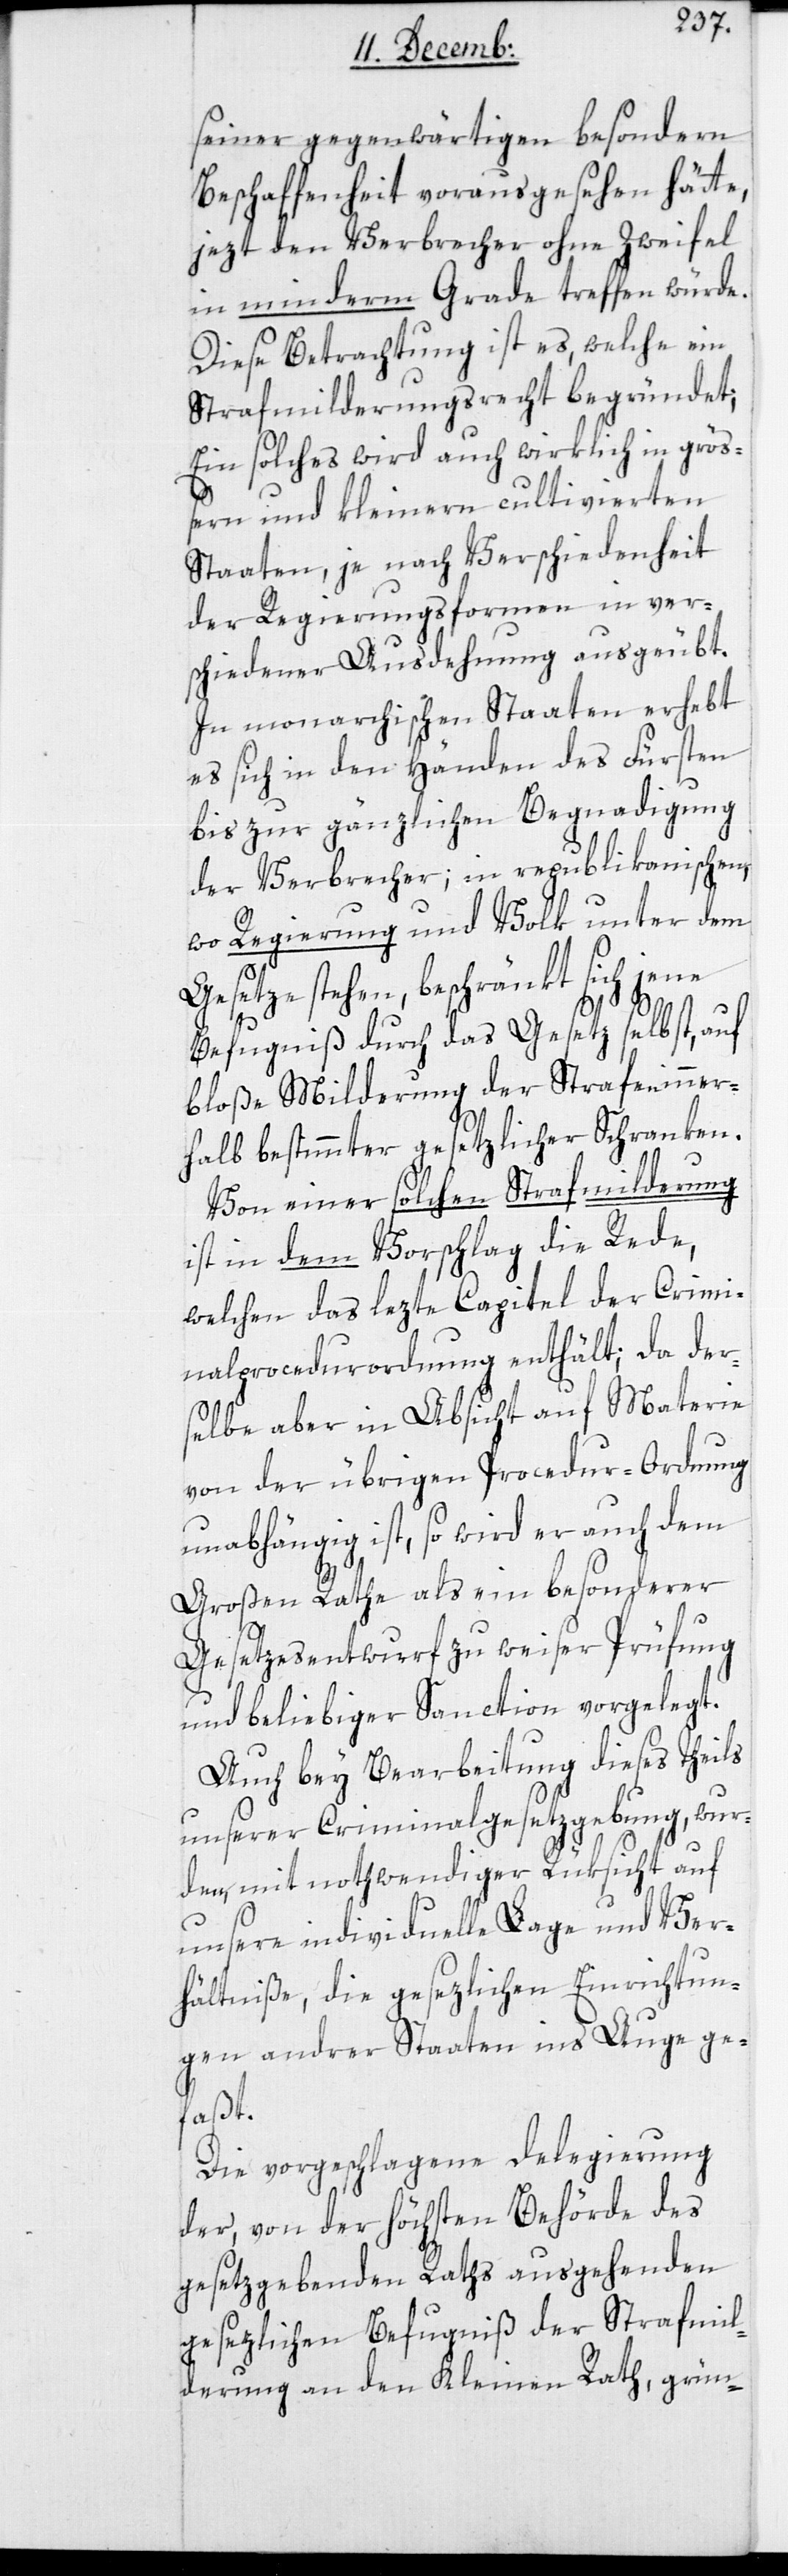
seiner gegenwärtigen besondern
Beschaffenheit vorausgesehen hätte,
jezt den Verbrecher ohne Zweifel
in minderm Grade treffen würde.
Diese Betrachtung ist es, welche ein
Strafmilderungsrecht begründet;
Ein solches wird auch wirklich in größ¬
ern und kleinern cultivierten
Staaten, je nach Verschiedenheit
der Regierungsformen in ver¬
schiedener Ausdehnung ausgeübt.
In monarchischen Staaten erhebt
es sich in den Händen des Fürsten
bis zur gänzlichen Begnadigung
der Verbrecher; in republikanischen,
wo Regierung und Volk unter dem
Gesetze stehen, beschränkt sich
Befugniß durch das Gesetz selbst, auf
bloße Milderung der Strafen inner¬
halb bestimmter gesetzlicher Schranken.
Von einer solchen Strafmilderung
ist in dem Vorschlag die Rede,
welchen das lezte Capitel der Crimi¬
nalprocedurordnung enthält; da der¬
selbe aber in Absicht auf Materie
von der übrigen Procedur-Ordnung
unabhängig ist, so wird er auch dem
Großen Rathe als ein besonderer
Gesetzesentwurf zu weiser Prüfung
und beliebiger Sanction vorgelegt.
Auch bey Bearbeitung dieses Theils
unserer Criminalgesetzgebung, wur¬
den, mit nothwendiger Rüksicht auf
unsere individuelle Lage und Ver¬
hältniße, die gesetzlichen Einrichtun¬
gen andrer Staaten ins Auge ge¬
faßt.
Die vorgeschlagene Delegierung
der, von der höchsten Behörde des
gesetzgebenden Raths ausgehenden
gesezlichen Befugniß der Strafmil¬
derung an den Kleinen Rath, grün-